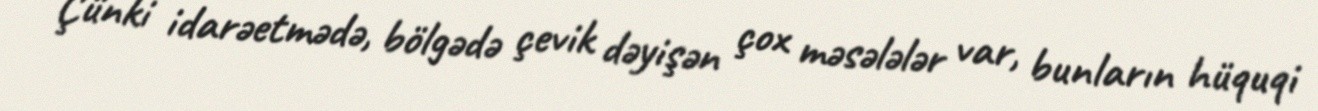
Çünki idarəetmədə, bölgədə çevik dəyişən çox məsələlər var, bunların hüquqi